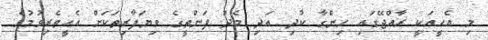
މި އެހީއަކީ ރާއްޖޭގައި ހިންގާ ކުދި އަދި މެދު ފަންތީގެ ވިޔަފާރިތަކަަށް އެހީތެރިވުމުގެ